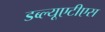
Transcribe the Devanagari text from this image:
डब्ल्यूएटीएस